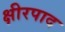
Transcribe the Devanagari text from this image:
क्षीरपाद